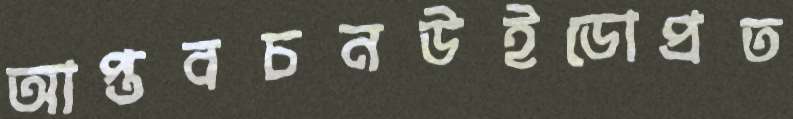
আপ্তবচনউইডোপ্রত